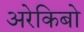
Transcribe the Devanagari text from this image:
अरेकिबो